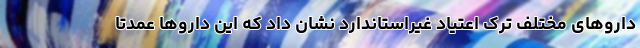
داروهای مختلف ترک اعتیاد غیراستاندارد نشان داد که این داروها عمدتاً